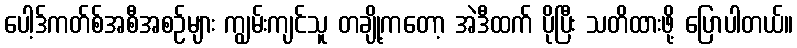
ပေါ့ဒ်ကတ်စ်အစီအစဉ်များ ကျွမ်းကျင်သူ တချို့ကတော့ အဲဒီထက် ပိုပြီး သတိထားဖို့ ပြောပါတယ်။